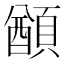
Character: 𩔕